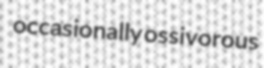
occasionally ossivorous